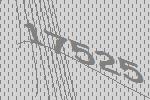
17525